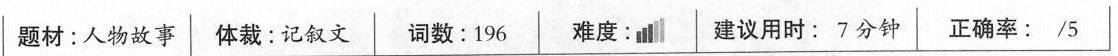
题材:人物故事|体裁:记叙文词数:196难度:建议用时: 7分钟正确率: /5